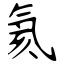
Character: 氦